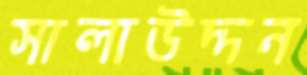
সালাউদ্দন